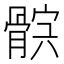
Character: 𩩏